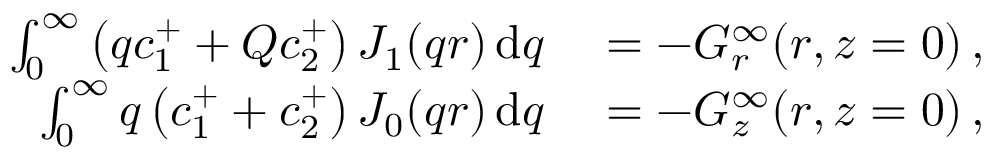
\begin{array} { r l } { \int _ { 0 } ^ { \infty } \left( q c _ { 1 } ^ { + } + Q c _ { 2 } ^ { + } \right) J _ { 1 } ( q r ) \, \mathrm { d } q } & { { } = - G _ { r } ^ { \infty } ( r , z = 0 ) \, , } \\ { \int _ { 0 } ^ { \infty } q \left( c _ { 1 } ^ { + } + c _ { 2 } ^ { + } \right) J _ { 0 } ( q r ) \, \mathrm { d } q } & { { } = - G _ { z } ^ { \infty } ( r , z = 0 ) \, , } \end{array}